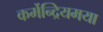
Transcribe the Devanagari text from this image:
कर्मेन्द्रियमया